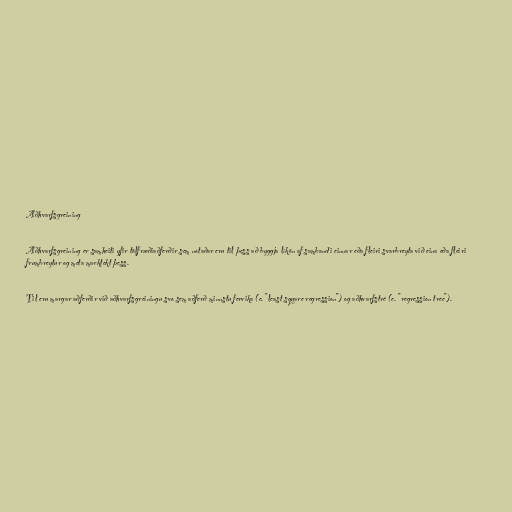
Aðhvarfsgreining

Aðhvarfsgreining er samheiti yfir tölfræðiaðferðir sem notaðar eru til þess að byggja líkön af sambandi einnar eða fleiri svarbreyta við eina eða fleiri
frumbreytur og meta marktekt þess.

Til eru margar aðferðir við aðhvarfsgreiningu svo sem aðferð minnstu fervika (e. "least square regression") og aðhvarfstré (e. "regression tree").